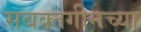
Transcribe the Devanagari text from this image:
सबक्तगीनच्या